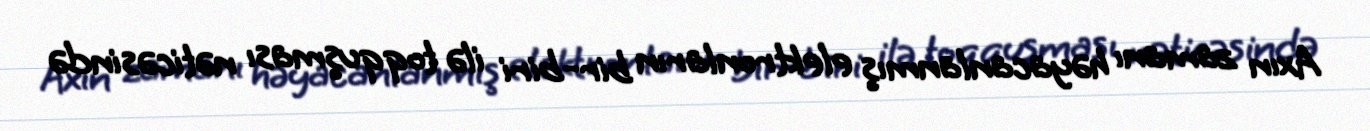
Axın zamanı həyacanlanmış elektronların bir-biri ilə toqquşması nəticəsində